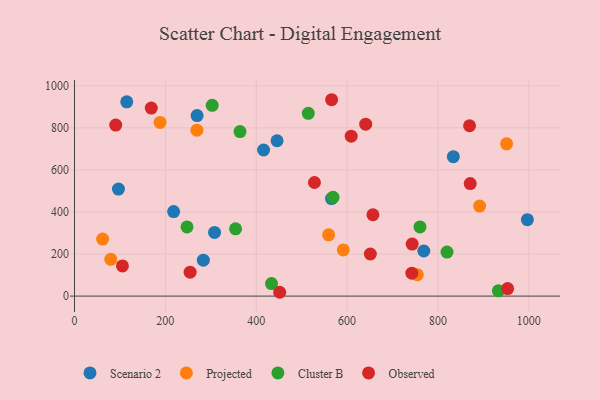
{"axis": {"x": "Ad Spend", "y": "Sales"}, "legend": ["Cluster B", "Observed", "Projected", "Scenario 2"], "data": [{"x": "768.9", "y": 214.4, "type": "Scenario 2"}, {"x": "996.9", "y": 363.6, "type": "Scenario 2"}, {"x": "115.0", "y": 923.9, "type": "Scenario 2"}, {"x": "218.2", "y": 402.0, "type": "Scenario 2"}, {"x": "283.6", "y": 170.7, "type": "Scenario 2"}, {"x": "833.9", "y": 662.7, "type": "Scenario 2"}, {"x": "269.9", "y": 858.2, "type": "Scenario 2"}, {"x": "96.7", "y": 508.9, "type": "Scenario 2"}, {"x": "308.3", "y": 302.6, "type": "Scenario 2"}, {"x": "416.2", "y": 694.6, "type": "Scenario 2"}, {"x": "445.9", "y": 738.7, "type": "Scenario 2"}, {"x": "565.8", "y": 463.6, "type": "Scenario 2"}, {"x": "951.1", "y": 724.0, "type": "Projected"}, {"x": "61.9", "y": 271.2, "type": "Projected"}, {"x": "891.8", "y": 428.2, "type": "Projected"}, {"x": "754.6", "y": 102.0, "type": "Projected"}, {"x": "559.4", "y": 291.5, "type": "Projected"}, {"x": "79.9", "y": 175.1, "type": "Projected"}, {"x": "591.6", "y": 219.4, "type": "Projected"}, {"x": "269.5", "y": 788.9, "type": "Projected"}, {"x": "188.4", "y": 825.8, "type": "Projected"}, {"x": "514.6", "y": 868.9, "type": "Cluster B"}, {"x": "364.3", "y": 782.2, "type": "Cluster B"}, {"x": "354.5", "y": 320.1, "type": "Cluster B"}, {"x": "433.7", "y": 59.8, "type": "Cluster B"}, {"x": "820.0", "y": 209.1, "type": "Cluster B"}, {"x": "303.1", "y": 907.3, "type": "Cluster B"}, {"x": "760.5", "y": 328.8, "type": "Cluster B"}, {"x": "247.7", "y": 328.7, "type": "Cluster B"}, {"x": "569.1", "y": 469.5, "type": "Cluster B"}, {"x": "933.0", "y": 24.9, "type": "Cluster B"}, {"x": "566.0", "y": 933.7, "type": "Observed"}, {"x": "105.5", "y": 143.5, "type": "Observed"}, {"x": "651.2", "y": 200.2, "type": "Observed"}, {"x": "90.7", "y": 813.4, "type": "Observed"}, {"x": "743.3", "y": 247.4, "type": "Observed"}, {"x": "609.1", "y": 760.6, "type": "Observed"}, {"x": "641.0", "y": 817.3, "type": "Observed"}, {"x": "656.9", "y": 386.9, "type": "Observed"}, {"x": "742.6", "y": 109.0, "type": "Observed"}, {"x": "169.0", "y": 893.8, "type": "Observed"}, {"x": "869.6", "y": 809.9, "type": "Observed"}, {"x": "451.7", "y": 18.2, "type": "Observed"}, {"x": "254.5", "y": 113.7, "type": "Observed"}, {"x": "871.1", "y": 534.9, "type": "Observed"}, {"x": "953.4", "y": 35.7, "type": "Observed"}, {"x": "528.2", "y": 540.1, "type": "Observed"}]}